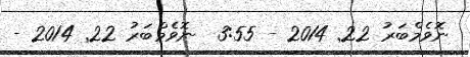
ނޮވެމްބަރު 22